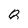
Character: 8